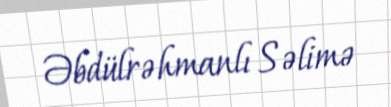
Əbdülrəhmanlı Səlimə